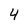
Character: 4